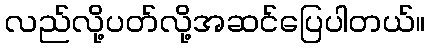
လည်လို့ပတ်လို့အဆင်ပြေပါတယ်။